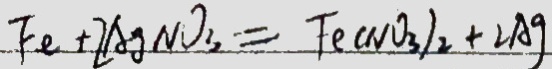
F e + 2 A g N O _ { 3 } = F e ( N O _ { 3 } ) _ { 2 } + 2 A g